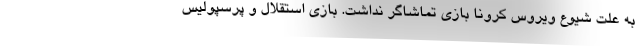
به علت شیوع ویروس کرونا بازی تماشاگر نداشت. بازی استقلال و پرسپولیس